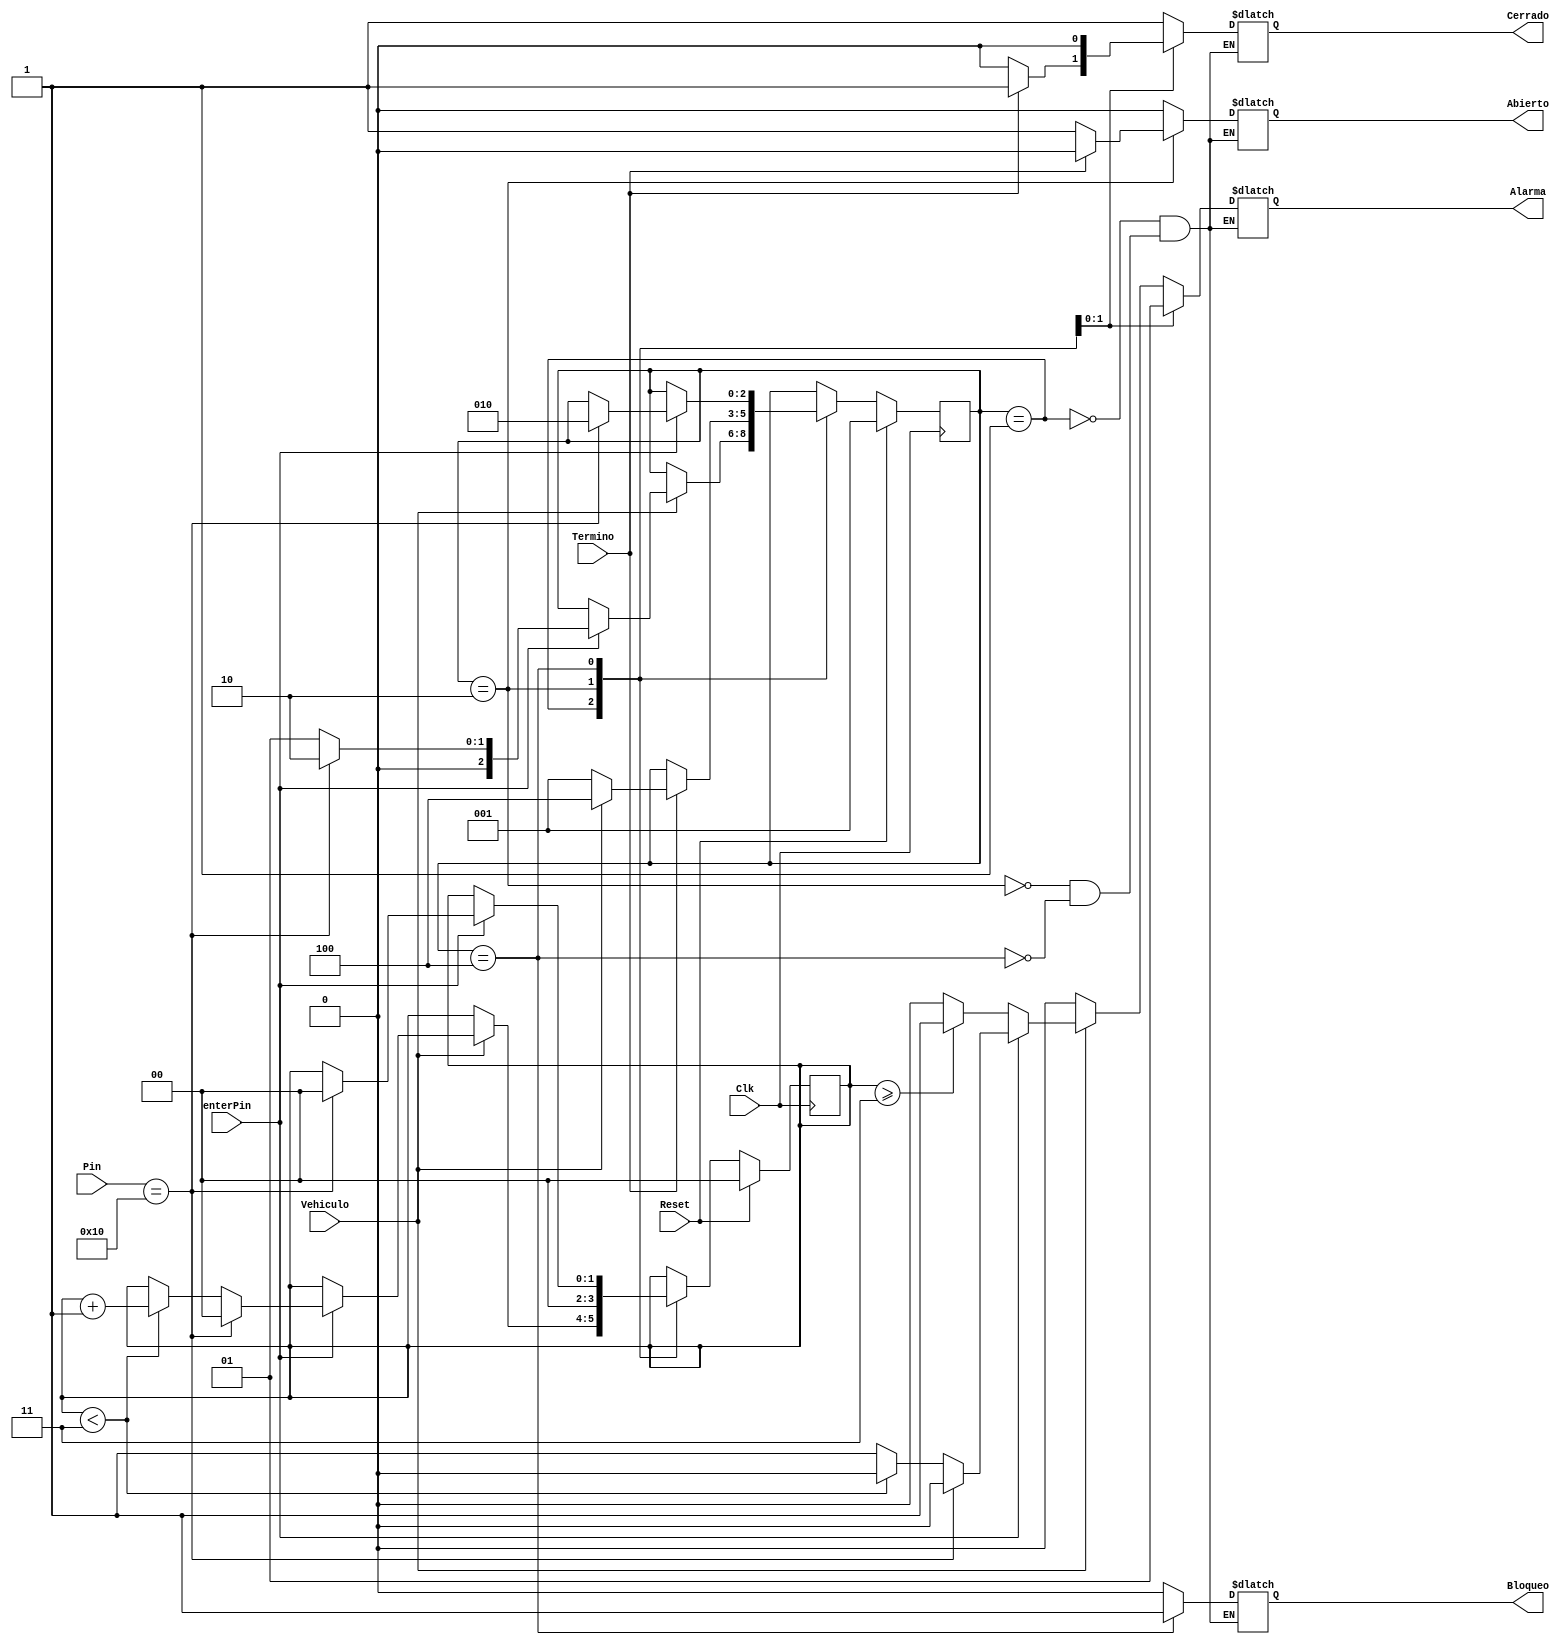
/*Paulette Prez Monge- Carnet B95916
Tarea 1 - Digitales 2
Controlador para parqueo 
Maquina Mealy */

module controlador(
	Clk, Reset, Pin, Vehiculo, Termino,	Cerrado, Abierto, Alarma, Bloqueo, enterPin
);

input Clk, Reset, Vehiculo, Termino, enterPin;
input [7:0] Pin;
output reg Alarma, Cerrado, Abierto, Bloqueo;


/// hasta aqui bien
//reg C_Cerrada, C_Abierta, Bloquear_P;
//reg Verificar_Pin; //Verifica si el pin es correcto

reg [2:0] state;
reg [2:0] nxt_state;//mal
reg [1:0] count0; 
reg [1:0] nxt_count0;
           
// Asignacin de estados
//parametros para usarlos como variables
parameter C_Cerrada = 3'b001; //Compuerta cerrada
parameter C_Abierta = 3'b010; //Compuerta abierta
parameter C_Bloqueada = 3'b100; //Bloquear

parameter Pin_correcto = 8'b00010000;


//Memoria de estados
always @(posedge Clk) begin
  if (Reset) begin
    state  <= C_Cerrada; // si hay un reset empezamos con la puerta cerrada
    count0 <= 2'b0; //y con el contador en 0
  end else begin
    state  <= nxt_state;  //sino, vamos al proximo estado en memoria
    count0 <= nxt_count0;  
  end
end 

//logica combinacional
always @(*) begin
  //por defecto
  nxt_state = state;  
  nxt_count0 = count0;

  case (state)
    C_Cerrada: begin //si empezamos con la compuerta cerrada
        Cerrado=1'b1; //output
        Abierto=1'b0;
        Alarma=1'b0;
        Bloqueo=1'b0;
        if (Vehiculo) begin
          if (enterPin) begin
            if (Pin==Pin_correcto) begin
              nxt_state = C_Abierta; //si hay v y el pin es correcto
              nxt_count0 = 2'b00; //Cuando se ingresa la clave correcta se debe limpiar el contador de intentos incorrectos
            end
                
            else begin
              if (count0<3) begin
                  nxt_state = C_Cerrada; //si hay v pero el pin es incorrecto y el contador es menor a 2
                  nxt_count0 = count0+1;
                end
              else begin
                  nxt_state = C_Cerrada; //si hay v pero el pin es incorrecto y el contador es 2, significa que este el el tercer fallo
                  Alarma=1'b1; //output
                  //no sumamos mas porque no es necesario
                end 
              end   
            end
          else begin
            if (count0>=3) Alarma=1'b1;
          end
          //si no se ha dado enter, no hacer nada, porque no se ha ingresado nada
          //a menos que el contador sea 3, ah encendemos la alarma
        end
        //no hay else porque si no hay v, la compuerta sigue cerrada
      end

    C_Abierta: 	begin
      Cerrado=1'b0; //output
      Abierto=1'b1;
      Alarma=1'b0;
      Bloqueo=1'b0;
      nxt_count0 = 2'b00; //cuando se abre la puerta se limpia el contador*
      if (Termino)
        begin
          Abierto=1'b0; 
          Cerrado=1'b1; //cerramos la puerta  
          begin
            if(Vehiculo) nxt_state = C_Bloqueada;//si termino de entrar y hay vehiculo AL MISMO TIEMPO
            else nxt_state = C_Cerrada;//si termino de entrar y no hay vehiculo
          end
        end
        // no hay else porque si no ha terminado de entrar, la compuerta sigue abierta
    end

    C_Bloqueada: begin
      Cerrado=1'b0; //output
      Abierto=1'b0;
      Alarma=1'b1;
      Bloqueo=1'b1; 
      if (enterPin) begin
        if (Pin==Pin_correcto) begin 
          nxt_state = C_Abierta; //si el pin es correcto se abre la puerta
          nxt_count0 = 2'b00; 
        end
      end  
      // no hay else porque, si el pin no es correcto, sigue bloqueada
    end
    default nxt_state = state;
  endcase  
end

endmodule